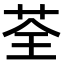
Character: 荃